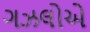
ગઝલોએ